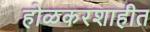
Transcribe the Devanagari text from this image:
होळकरशाहीत